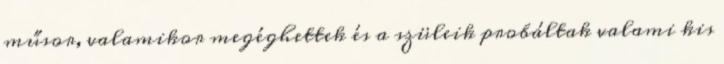
műsor, valamikor megéghettek és a szüleik probáltak valami kis